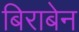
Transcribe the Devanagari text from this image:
बिराबेन